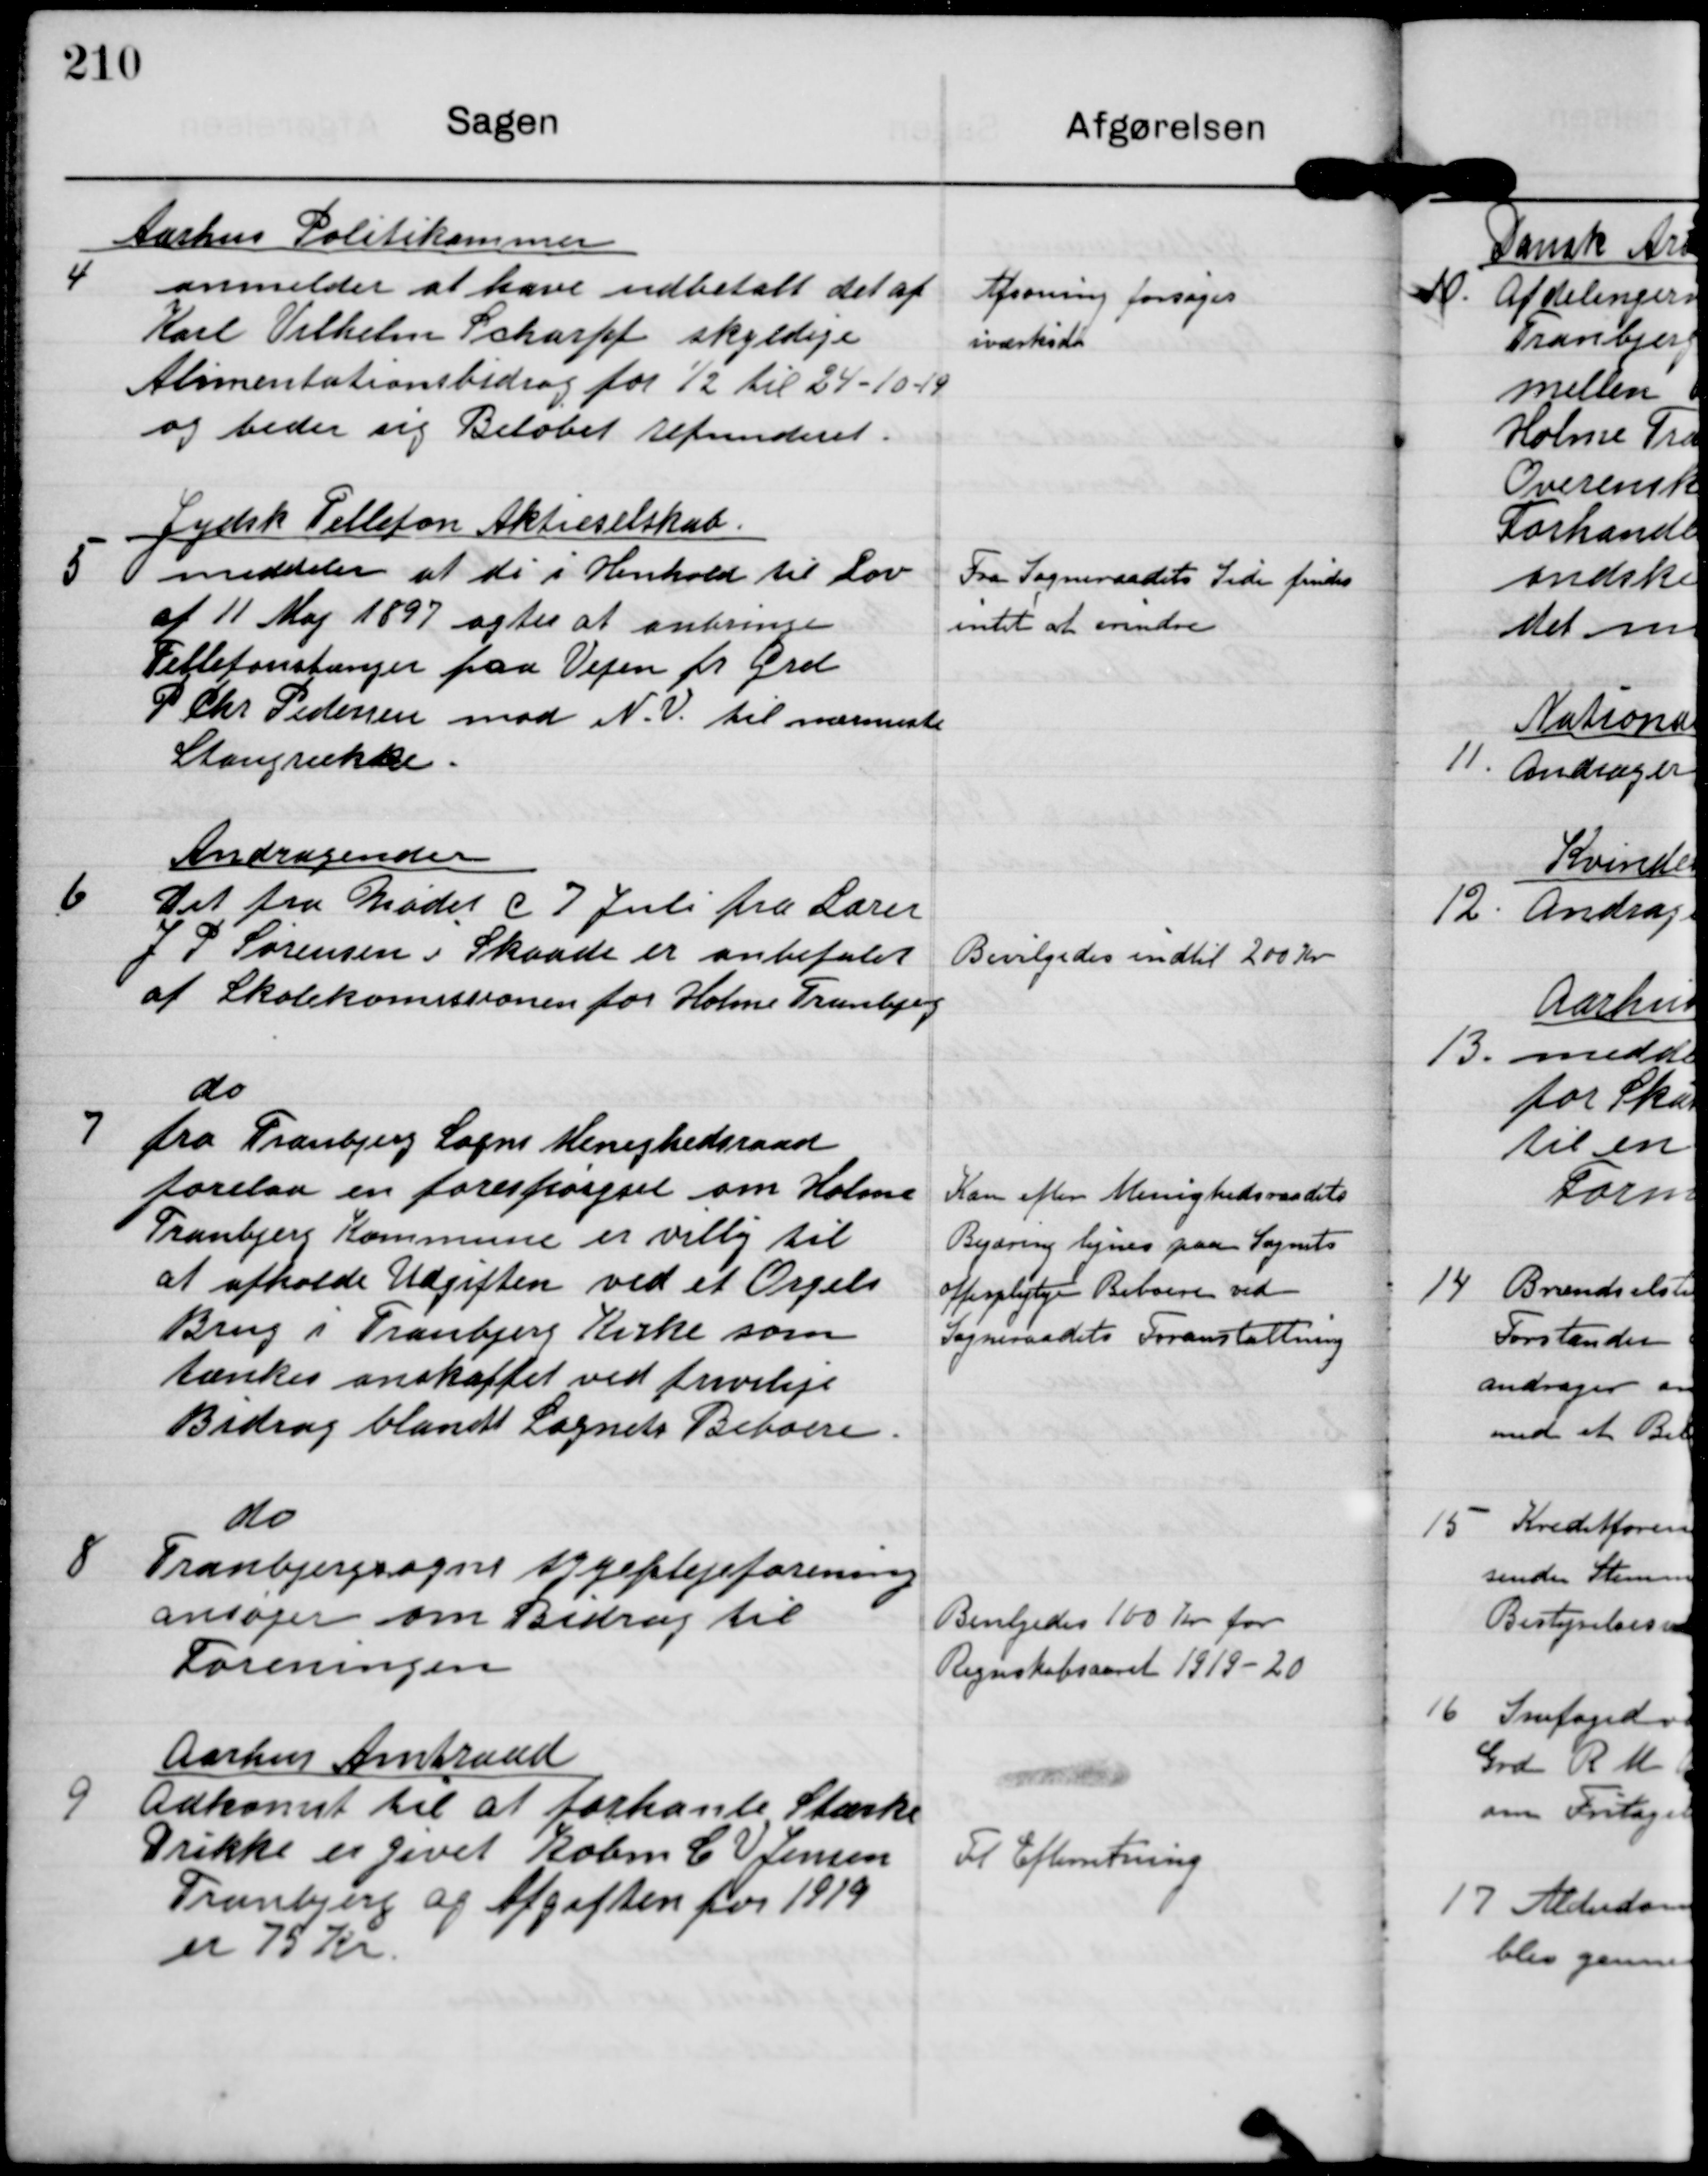
Transskription:
4

Aarhus Politikammer
anmelder at have udbetalt det af
Karl Vilhelm Scharff skyldige
Alimentationsbidrag for 1/2 til 24-10-19
og beder sig Beløbet refunderet.

Afsoning forsøges
iværksat

5

Jydsk Tellefon Aktieselskab
meddeler at de i Henhold til Lov
af 11 Maj 1897 agter at anbringe
Tellefonstænger paa Vejen fr Grd.
P Chr. Pedersen mod N.V. til nærmeste
Stangrække

Fra Sogneraadets Side findes
intet at erindre

6

Andragender
Det fra Mødet d 7 Juli fra Lærer
J P Sørensen i Skaade er anbefalet
af Skolekomissionen for Holme Tranbjerg

Bevilgedes indtil 200 Kr

7

do
fra Tranbjerg Sogns Menighedsraad
forelaa en forespørgsel om Holme
Tranbjerg Kommune er villig til
at afholde Udgiften ved et Orgels
Brug i Tranbjerg Kirke som
tænkes anskaffet ved frivilige
Bidrag blandt Sognets Beboere.

Kan efter Menighedsraadets
Begæring lignes paa Sognets
offerpligtige Beboere ved
Sogneraadets Foranstaltning

8

do
Tranbjerg sogns sygeplejeforening
ansøger om Bidrag til
Foreningen

Bevilgedes 100 kr for
Regnskabsaaret 1919-20

9

Aarhus Amtsraad
Adkomst til at forhanle Stærke
Drikke er givet Købm C V Jensen
Tranbjerg og Afgiften for 1919
er 75 kr.

Til Efterretning